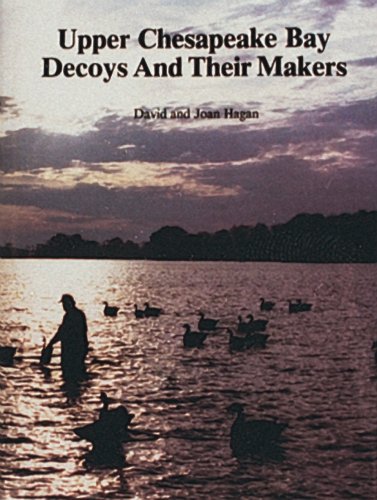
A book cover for Upper Chesapeake Bay Decoys and Their Makers; David Hagan; Crafts, Hobbies & Home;